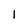
Character: 1